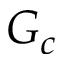
G _ { c }